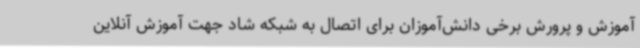
آموزش و پرورش برخی دانش‌آموزان برای اتصال به شبکه شاد جهت آموزش آنلاین